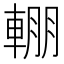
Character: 輣